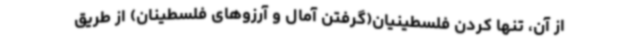
از آن، تنها کردن فلسطینیان(گرفتن آمال و آرزوهای فلسطینان) از طریق